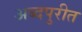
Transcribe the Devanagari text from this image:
अब्दपुरीत